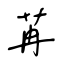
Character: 苒